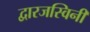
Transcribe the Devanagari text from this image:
द्वारजस्विनी